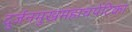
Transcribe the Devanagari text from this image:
दुर्जनमुखमहाचपेटिका